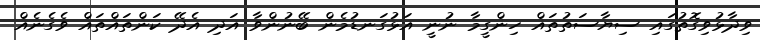
ވިދާޅުވިގޮތުގައި ސިޔާސަތުތައް ހިންގީމާ ނުނީ އަޅުގަނޑުމެން ބޭނުންވާ އަދި އެދޭ ކަންތައްތަައް ވެގެނެއް